Statistical return of the lunatic asylum in Assam - 1912-1932
Year: 1912
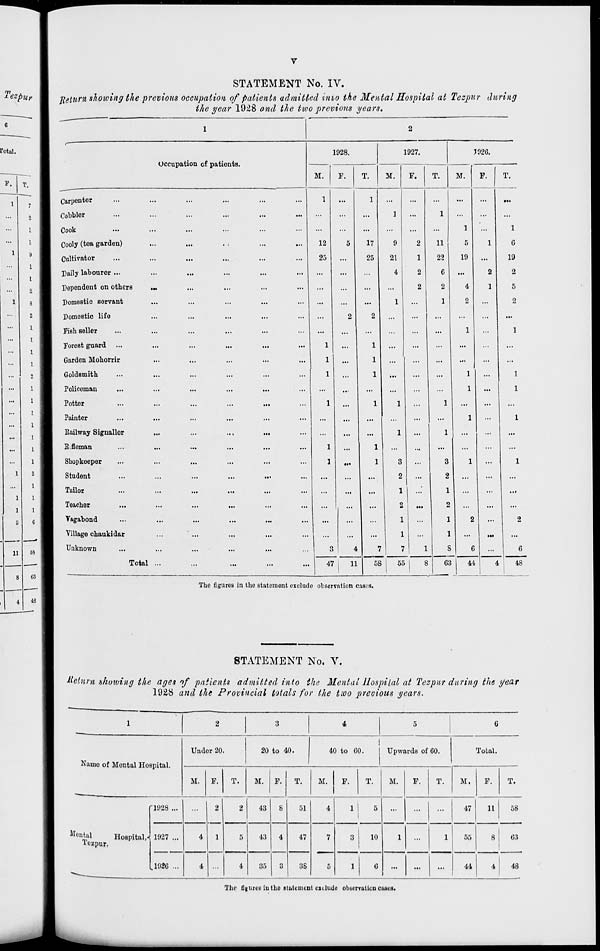
STATEMENT No. IV.
Return showing the previous occupation of patients admitted into the Mental Hospital at Tezpur during
the year 1928 and the two previous years.
Occupation of patients.
Carpenter
Cobbler
Cook
Cooly (tea garden)
Cultivator
Daily labourer ...
Dependent on others
Domestic servant
Domostic life
PiBh seller
Forest guard
Garden Mohorrir
Goldsmith
Policeman
Potter
Painter
Railway Signallor
R.fleman
Shopkeeper
Student
Tailor
Teacher
Vagabond
Village chaukidar
Unknown
Total
1928.
M.
F.
12
25
3
47
1927.
M.
17
25
.
...
F.
7926.
M.
F.
9
21
4
11
7
58
3
2
1
2
1
1
7
oa
11
22
6
2
1
1
5
19
4
2
3
2
1
2
1
1
S
63
44
T.
1
6
19
2
5
2
48
The figures in the stateinont exclude observation cases.
STATEMENT No. V.
tie turn shozving the ages of patients admitted into the Mental Hospital at Tezpnr during the year
1928 and the Provincial totals for the two precious years.
1
2
3
4
5
6
Undor 20
20 to 40.
40 to 60.
Upwards of 60.
Total.
Name of Mental Hospital.
M. F.
2
1
T.
M. F.
T.
M.
F.
T.
M.
F.
T.
M.
F.
T.
'1928 ...
...
2
43
8
51
4
1
5
...
...
...
47
11
58
Mental
Hospital,-
iezpur.
1927 ...
4
5
43
4
47
7
5
3
10
1
...
1
55
8
63
v
.1926 ...
4
4
35
3
86
1
6
... | ...
44
4
48
The figures iutho stuicnunt exclude observation cases.